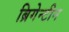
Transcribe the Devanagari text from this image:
ब्रिगेन्टीन